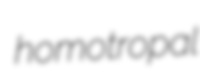
homotropal